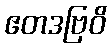
ဧတဒဗြဝိ